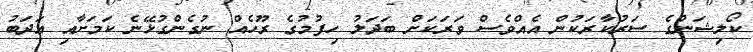
ކޯލިޝަންގެ ސަރުކާރަކުން އެެއްވެސް ވަރަކަށް ބަދަލު ހިފުމުގެ ރޫހެއް ނުގެންގުޅޭނެ ކަމަށާއި އަދަބު